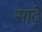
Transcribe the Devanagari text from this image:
साढ़़ेे